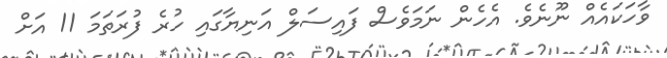
ވާހަކައެއް ނޫނެވެ. އެހެން ނަމަވެސް ފައިސަލް އަނިޔާގައި ހުރެ ފުރަތަމަ 11 އަށް